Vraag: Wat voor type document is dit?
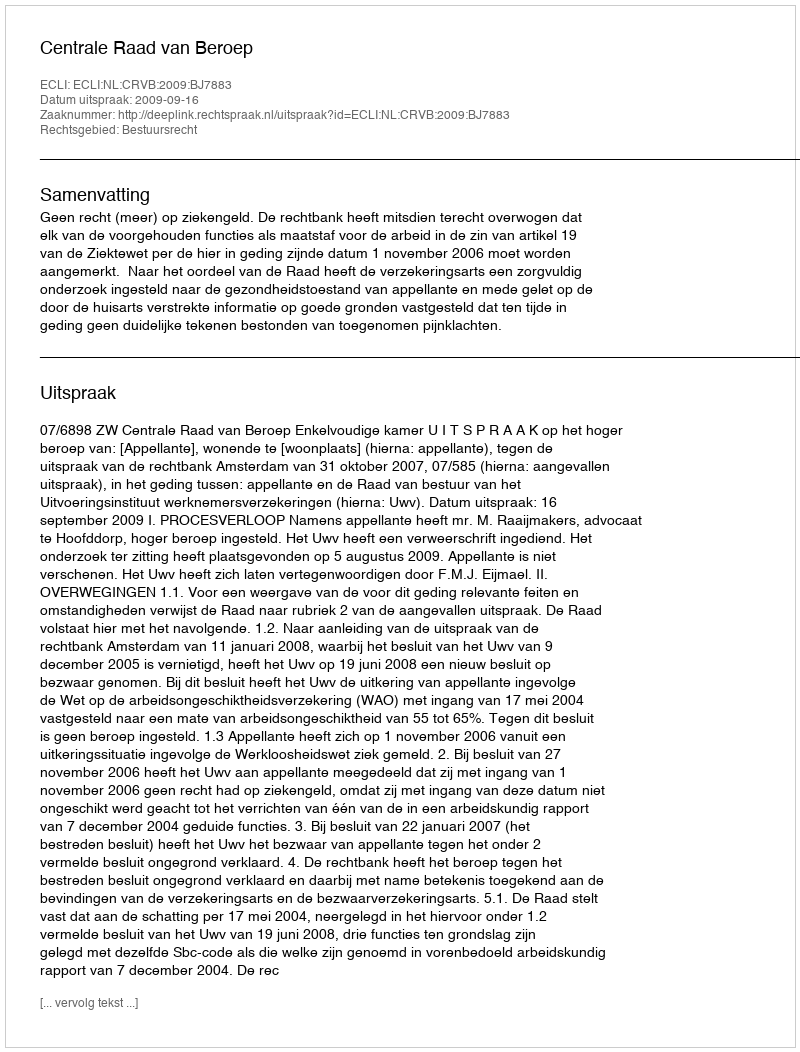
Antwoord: Uitspraak